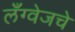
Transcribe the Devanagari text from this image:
लँग्वेजचे